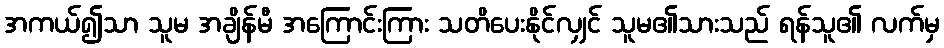
အကယ်၍သာ သူမ အချိန်မီ အကြောင်းကြား သတိပေးနိုင်လျှင် သူမ၏သားသည် ရန်သူ၏ လက်မှ